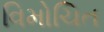
વિમોચિત